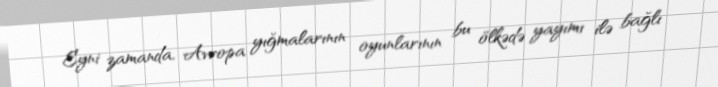
Eyni zamanda, Avropa yığmalarının oyunlarının bu ölkədə yayımı ilə bağlı